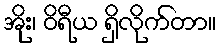
အိုး၊ ဝိရီယ ရှိလိုက်တာ။